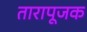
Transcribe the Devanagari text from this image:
तारापूजक